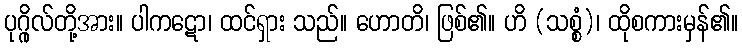
ပုဂ္ဂိုလ်တို့အား။ ပါကဋော၊ ထင်ရှား သည်။ ဟောတိ၊ ဖြစ်၏။ ဟိ (သစ္စံ)၊ ထိုစကားမှန်၏။